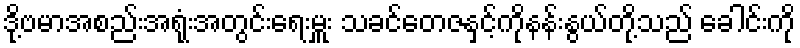
ဒို့ဗမာအစည်းအရုံးအတွင်းရေးမှူး သခင်တေဇနှင့်ကိုနန်းနွယ်တို့သည် ခေါင်းကို